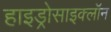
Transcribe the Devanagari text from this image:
हाइड्रोसाइक्लॉन